system: You are a helpful assistant.
user:
Analyze the provided spectrum to determine if it is a **"Cataclysmic Variables (CV)"**.

- **Key Indicators for CV (Check for either state):**
    - **State 1: Quiescent / Low-State (Emission-Dominated)**
        - **(Primary):** Strong and *very broad* Hydrogen Balmer emission lines (e.g., $H\alpha$ at 6563 Å, $H\beta$ at 4861 Å). The 'broadness' (high velocity dispersion, often FWHM > 1000 km/s) is the key diagnostic, indicating a high-velocity accretion disk.
        - **(Secondary):** Broad neutral Helium (He I) emission lines (e.g., 5876 Å, 6678 Å).
        - **(Key Confirmation):** Presence of high-excitation *ionized* Helium (He II) emission at 4686 Å. This is a strong indicator of accretion onto a white dwarf.
        - **(Line Profile):** Emission lines may exhibit a 'double-peaked' profile, which is a classic signature of a rotating accretion disk viewed at high inclination.

    - **State 2: Outburst / High-State (Absorption-Dominated)**
        - **(Primary):** Spectrum is dominated by a bright, blue continuum (looks like a hot star).
        - **(Secondary):** The emission lines from State 1 are weak, absent, or 'filled in', and are replaced by broad, shallow *absorption* lines (primarily Balmer and He I).
        - **(Morphology):** The overall spectrum mimics a hot B/A-type star. The crucial difference is that the absorption lines are significantly broader, shallower, and more 'washed-out' (or 'smeared') than the sharp lines of a normal stellar photosphere, due to high rotational speeds and pressure broadening in the disk.

Think first, call **spectral_visualization_tool** if needed to examine features in detail, then provide your final answer. Your response must adhere to the following strict rules:
1.  **Overall Structure:** Your response must follow the format `<think>...</think> <tool_call>...</tool_call> (if a tool is used) <answer>...</answer>`.
2.  **Tool Usage Constraint:** You may only make **one** tool call per turn.
3.  **Final Answer Format:** In the `<answer>` tag, your conclusion must be inside a `\boxed{}` command (e.g., `\boxed{YES}`), followed by your justification.

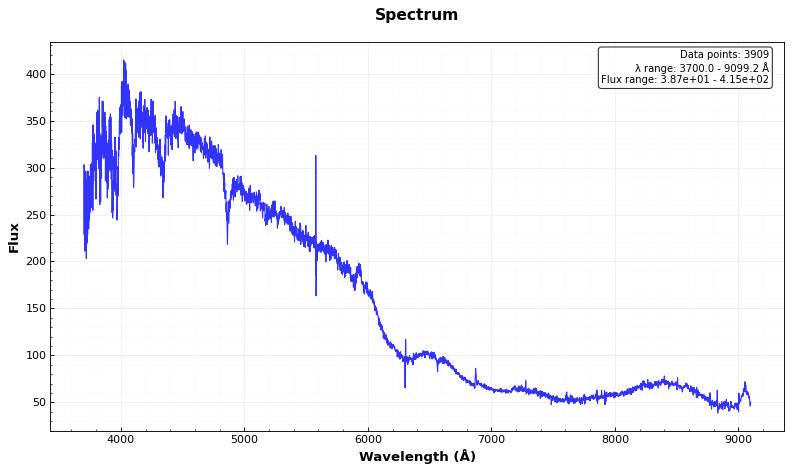
Answer: NO